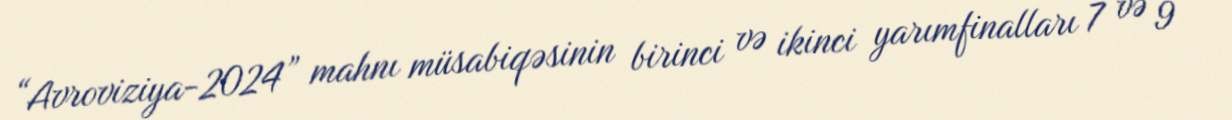
“Avroviziya-2024” mahnı müsabiqəsinin birinci və ikinci yarımfinalları 7 və 9